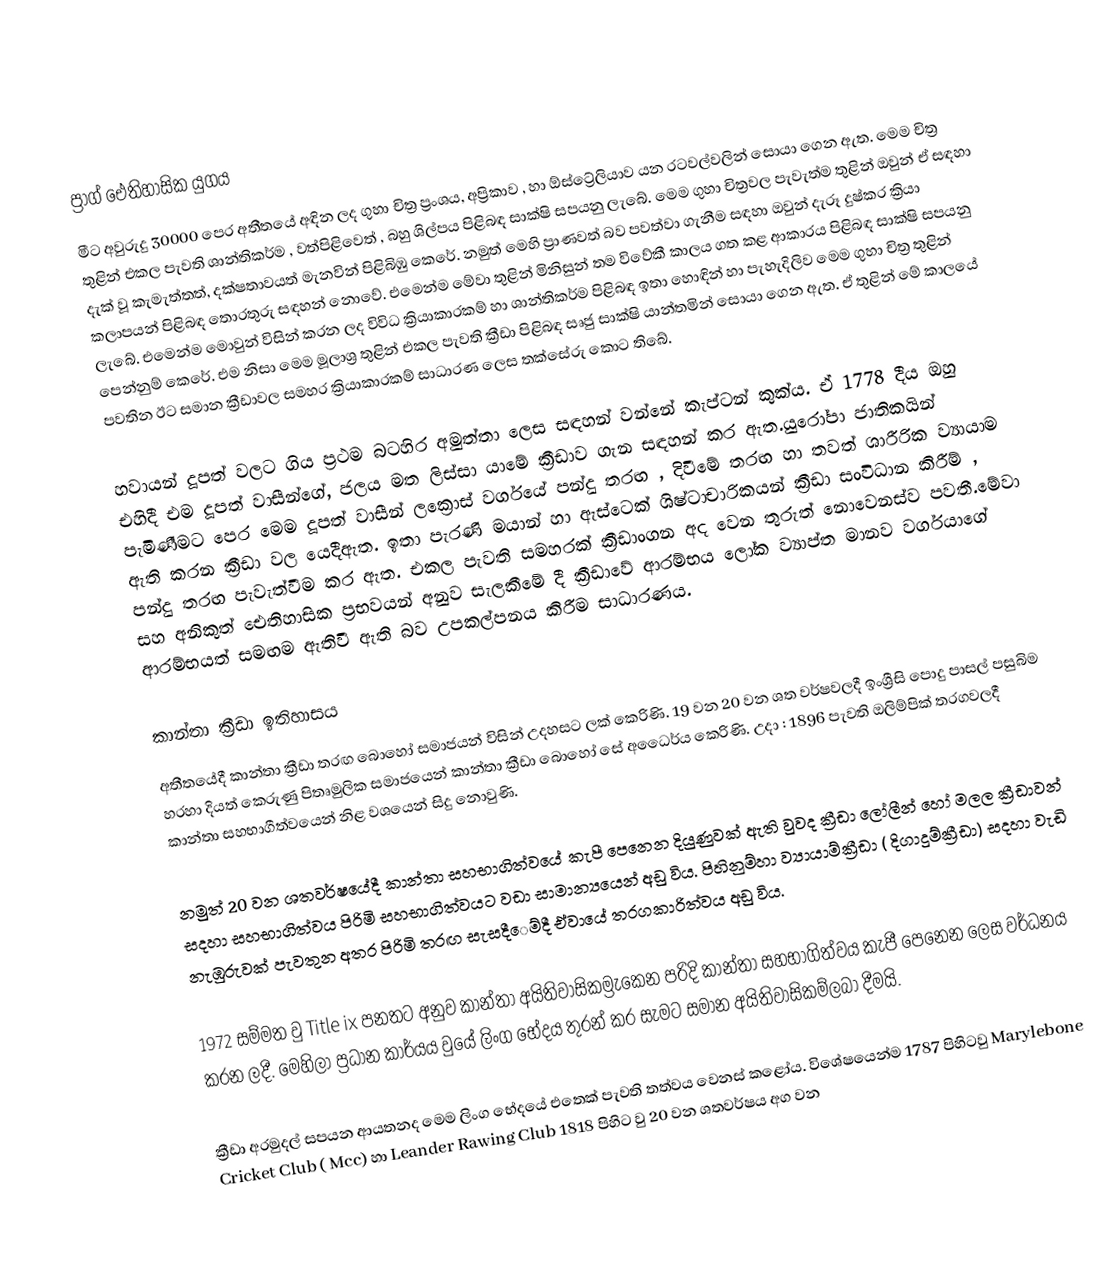

ප්‍රාග් ඓතිහාසික යුගය
මීට අවුරුදු 30000 පෙර අතීතයේ අඳින ලද ගුහා චිත්‍ර ප්‍රංශය, අප්‍රිකාව , හා ඕස්ට්‍රේලියාව යන රටවල්වලින් සොයා ගෙන ඇත. මෙම චිත්‍ර තුළින් එකල පැවති ශාන්තිකර්ම , වත්පිළිවෙත් , බහු ශිල්පය පිළිබඳ සාක්ෂි සපයනු ලැබේ. මෙම ගුහා චිත්‍රවල පැවැත්ම තුළින් ඔවුන් ඒ සඳහා දැක් වූ කැමැත්තත්, දක්ෂතාවයත් මැනවින් පිළිබිඹු කෙරේ. නමුත් මෙහි ප්‍රාණවත් බව පවත්වා ගැනීම සඳහා ඔවුන් දැරූ දුෂ්කර ක්‍රියා කලාපයන් පිළිබඳ තොරතුරු සඳහන් නොවේ. එමෙන්ම මේවා තුළින් මිනිසුන් තම විවේකී කාලය ගත කළ ආකාරය පිළිබඳ සාක්ෂි සපයනු ලැබේ. එමෙන්ම මොවුන් විසින් කරන ලද විවිධ ක්‍රියාකාරකම් හා ශාන්තිකර්ම පිළිබඳ ඉතා හොඳින් හා පැහැදිලිව මෙ‍ම ගුහා චිත්‍ර තුළින් පෙන්නුම් කෙ‍රේ. එම නිසා මෙම මූලාශ්‍ර තුළින් එකල පැවති ක්‍රීඩා පිළිබඳ සෘජු සාක්ෂි යාන්තමින් සොයා ගෙන ඇත. ඒ තුළින් මේ කාලයේ පවතින ඊට සමාන ක්‍රීඩාවල සමහර ක්‍රියාකාරකම් සාධාරණ ලෙස තක්සේරු කොට තිබේ.

හවායන් දූපත් වලට ගිය ප්‍රථම බටහිර අමුත්තා ලෙස සඳහන් වන්නේ කැප්ටන් කුක්ය. ඒ 1778 දීය ඔහු එහිදී එම දූපත් වාසීන්ගේ, ජලය මත ලිස්සා යාමේ ක්‍රීඩාව ගැන සඳහන් කර ඇත.යුරෝපා ජාතිකයින් පැමිණීමට පෙර මෙම දූපත් වාසීන් ලක්‍රොස් වර්ගයේ පන්දු තරඟ , දිවීමේ තරඟ හ‍ා තවත් ශාරීරික ව්‍යායාම ඇති කරන ක්‍රීඩා වල යෙදීඇත. ඉතා පැරණි මයාන් හා ඇස්ටෙක් ශිෂ්ටාචාරිකයන් ක්‍රීඩා සංවිධාන කිරීම් , පන්දු තරඟ පැවැත්වීම කර ඇත. එකල පැවති සමහරක් ක්‍රීඩාංගන අද වෙන තුරුත් නොවෙනස්ව පවතී.මේවා සහ අනිකුත් ඓතිහාසික ප්‍රභවයන් අනුව සැලකීමේ දී ක්‍රීඩාවේ ආරම්භය ලෝක ව්‍යාප්ත මානව වර්ගයාගේ ආරම්භයත් සමඟම ඇතිවී ඇති බව උපකල්පනය කිරීම සාධාරණය.

කාන්තා ක්‍රීඩා ඉතිහාසය
අතීතයේදී කාන්තා ක්‍රීඩා තරඟ බොහෝ සමාජයන් විසින් උදහසට ලක් කෙරිණි. 19 වන 20 වන ශත වර්ෂවලදී ඉංශ්‍රීසි පොදු පාසල් පසුබිම හරහා දියත් කෙරුණු පිතෘමුලික සමාජයෙන් කාන්තා ක්‍රීඩා බොහෝ සේ අධෛර්ය කෙරිණි. උදා : 1896 පැවති ඔලිම්‍පික් තරගවලදී කාන්තා සහභාගීත්වයෙන් නිළ වශයෙන් සිදු නොවුණි.

නමුත් 20 වන ශතවර්ෂයේදී කාන්තා සහභාගිත්වයේ කැපී පෙනෙන දියුණුවක් ඇති වුවද ක්‍රීඩා ලෝලීන් හෝ මලල ක්‍රීඩාවන් සදහා සහභාගිත්වය පිරිමි සහභාගිත්වයට වඩා සාමාන්‍යයෙන් අඩු විය. පිහිනුම්‍හා ව්‍යායාම්‍ක්‍රීඩා ( දිගාදුම්‍ක්‍රීඩා) සදහා වැඩි නැඹුරුවක් පැවතුන අතර පිරිමි තරඟ සැසදී‍ෙම්‍දී ඒවායේ තරගකාරිත්වය අඩු විය.

1972 සම්‍මත වු Title ix පනතට අනුව කාන්තා අයිතිවාසිකම්‍රැකෙන පරිදි කාන්තා සහභාගිත්වය කැපී පෙනෙන ලෙස වර්ධනය කරන ලදී. මෙහිලා ප්‍රධාන කාර්යය වුයේ ලිංග භේදය තුරන් කර සැමට සමාන අයිතිවාසිකම්‍ලබා දීමයි.

ක්‍රීඩා අරමුදල් සපයන ආයතනද මෙම ලිංග භේදයේ එතෙක් පැවති තත්වය වෙනස් කළෝය. විශේෂයෙන්ම 1787 පිහිටවු Marylebone Cricket Club ( Mcc)  හා Leander Rawing Club 1818  පිහිට වු 20 වන ශතවර්ෂය අග වන